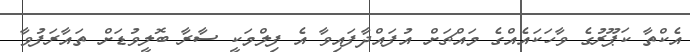
އެކްތާ ކަޕޫރުގެ ވާހަކައެއްގެ މައްޗަށް އުފައްދާފައިވާ އެ ފިލްމަކީ ސާރާ ބޮލީވުޑަށް ތައާރަފުވާ